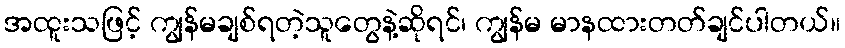
အထူးသဖြင့် ကျွန်မချစ်ရတဲ့သူတွေနဲ့ဆိုရင်၊ ကျွန်မ မာနထားတတ်ချင်ပါတယ်။